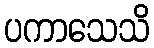
ပကာသေသိ